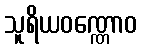
သူရိယဝဏ္ဏောဝ